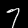
Label: 7